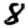
Digit: 8